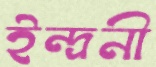
ইন্দ্রনী